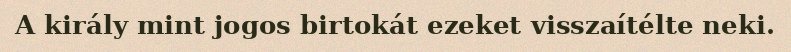
A király mint jogos birtokát ezeket visszaítélte neki.